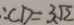
\therefore C D = 3 \sqrt { 2 }